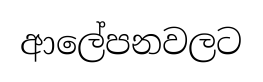
ආලේපනවලට